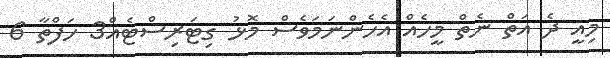
މިއީ ދެ އަތް ނެތް މީހެެއް އެހެންނަމަވެސް މޮޅު ގިޓަރިސްޓެއް3 ހަފްތާ 6